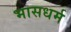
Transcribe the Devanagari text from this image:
भासधर्म